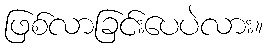
ဖြစ်လာခြင်းပေပဲလား။